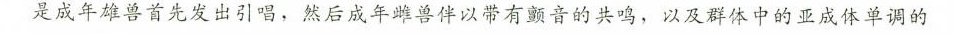
是成年雄兽首先发出引唱，然后成年雌兽伴以带有颤音的共鸣，以及群体中的亚成体单调的